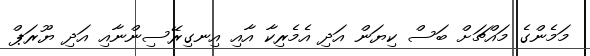
މަމެންގެ މައްޗަށް ބަސް ކިޔަން އަދި އެމެރިކާ އާއި އިނގިރޭސިންނާއި އަދި ޔޫރަޕް